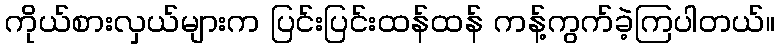
ကိုယ်စားလှယ်များက ပြင်းပြင်းထန်ထန် ကန့်ကွက်ခဲ့ကြပါတယ်။